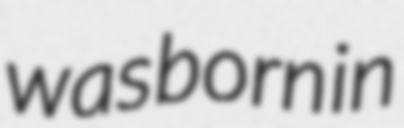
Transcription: was born in